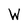
Character: W